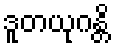
ဒူတယုဂန္တိ